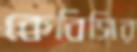
কেবিসির